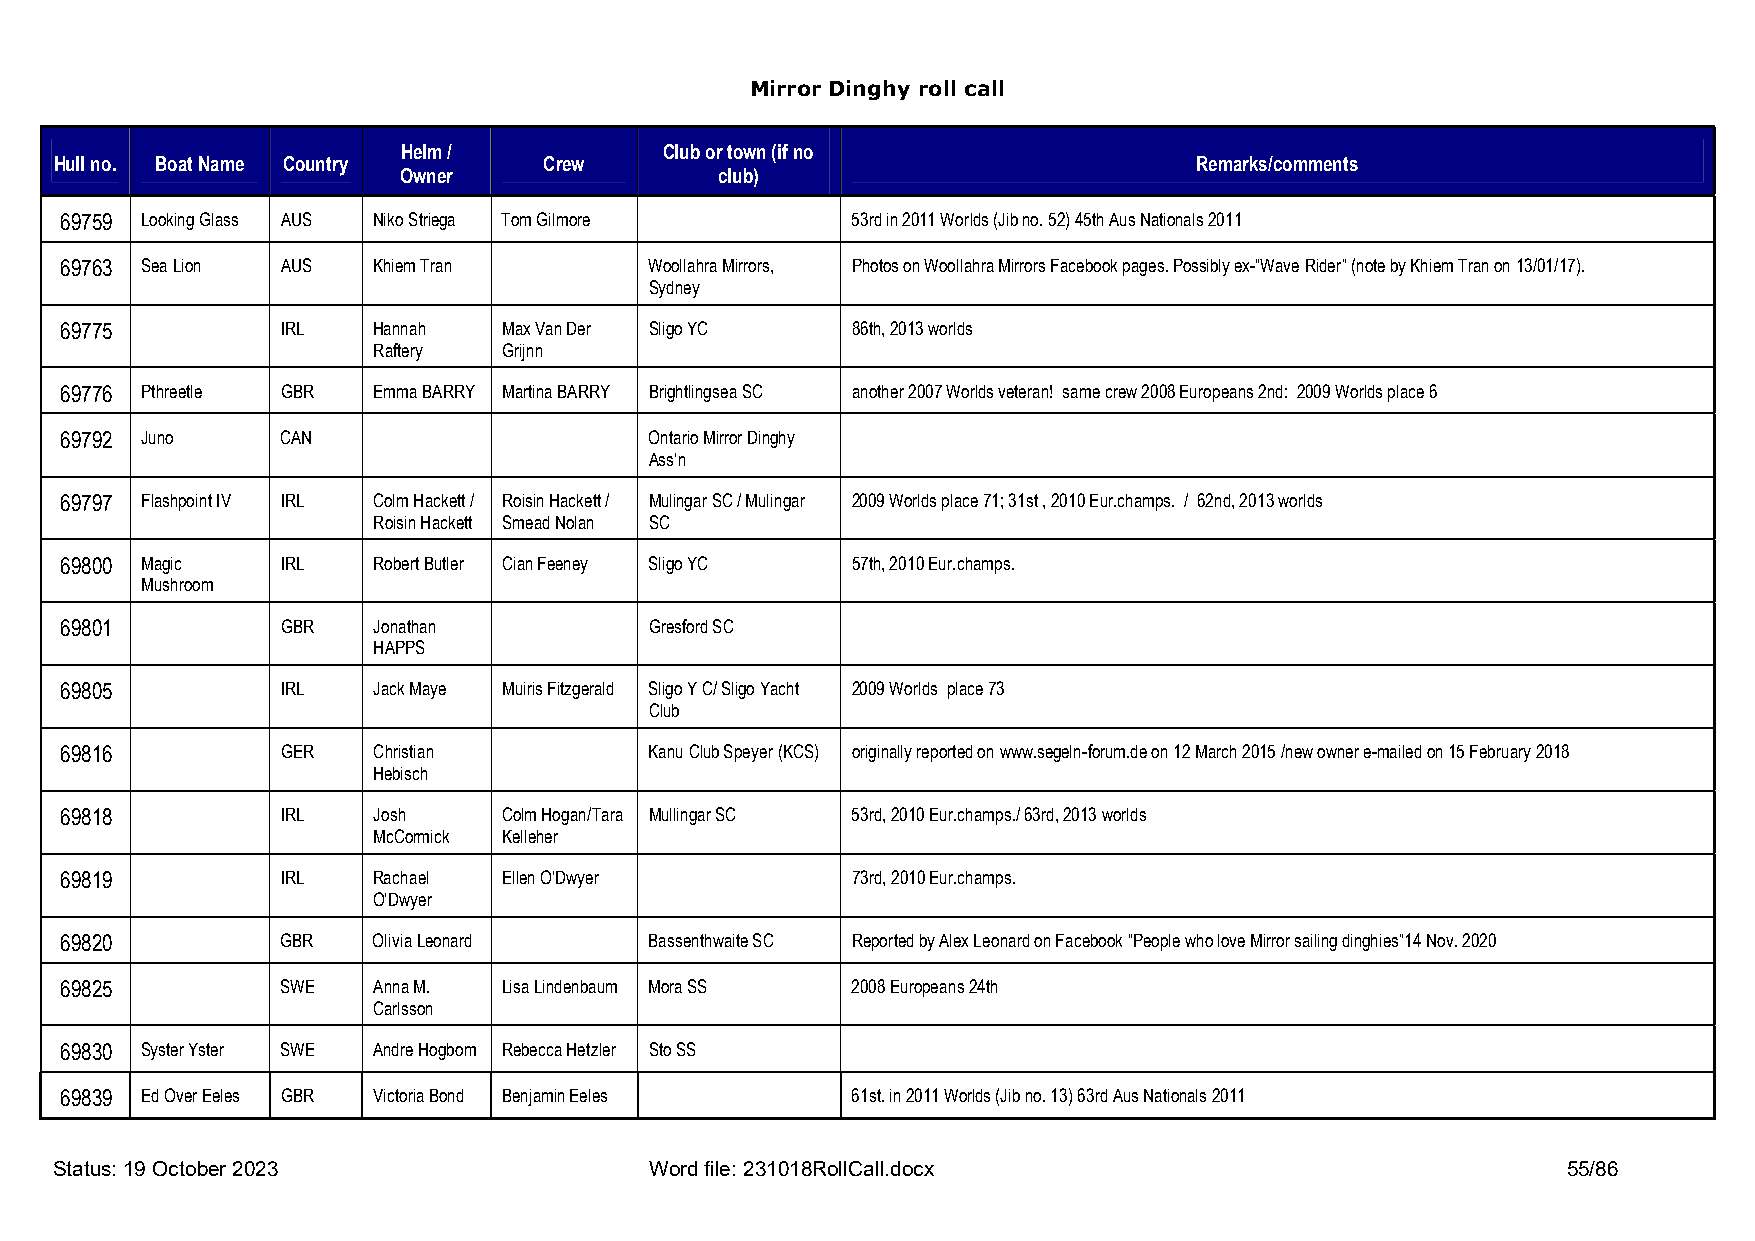
Mirror Dinghy roll call
 Helm /           Club or town (if no
 Hull no. Boat Name Country      Crew                                       Remarks/comments
 Owner                 club)
 69759 Looking Glass AUS Niko Striega Tom Gilmore    53rd in 2011 Worlds (Jib no. 52) 45th Aus Nationals 2011
 69763 Sea Lion AUS   Khiem Tran        Woollahra Mirrors, Photos on Woollahra Mirrors Facebook pages. Possibly ex-“Wave Rider” (note by Khiem Tran on 13/01/17).
 Sydney
 69775          IRL   Hannah  Max Van Der Sligo YC   86th, 2013 worlds
 Raftery Grijnn
 69776 Pthreetle GBR  Emma BARRY Martina BARRY Brightlingsea SC another 2007 Worlds veteran! same crew 2008 Europeans 2nd: 2009 Worlds place 6
 69792 Juno     CAN                     Ontario Mirror Dinghy
 Ass’n
 69797 Flashpoint IV IRL Colm Hackett / Roisin Hackett / Mulingar SC / Mulingar 2009 Worlds place 71; 31st , 2010 Eur.champs. / 62nd, 2013 worlds
 Roisin Hackett Smead Nolan SC
 69800 Magic    IRL   Robert Butler Cian Feeney Sligo YC 57th, 2010 Eur.champs.
 Mushroom
 69801          GBR   Jonathan          Gresford SC
 HAPPS
 69805          IRL   Jack Maye Muiris Fitzgerald Sligo Y C/ Sligo Yacht 2009 Worlds place 73
 Club
 69816          GER   Christian         Kanu Club Speyer (KCS) originally reported on www.segeln-forum.de on 12 March 2015 /new owner e-mailed on 15 February 2018
 Hebisch
 69818          IRL   Josh    Colm Hogan/Tara Mullingar SC 53rd, 2010 Eur.champs./ 63rd, 2013 worlds
 McCormick Kelleher
 69819          IRL   Rachael Ellen O’Dwyer          73rd, 2010 Eur.champs.
 O’Dwyer
 69820          GBR   Olivia Leonard    Bassenthwaite SC Reported by Alex Leonard on Facebook “People who love Mirror sailing dinghies”14 Nov. 2020
 69825          SWE   Anna M. Lisa Lindenbaum Mora SS 2008 Europeans 24th
 Carlsson
 69830 Syster Yster SWE Andre Hogbom Rebecca Hetzler Sto SS
 69839 Ed Over Eeles GBR Victoria Bond Benjamin Eeles 61st. in 2011 Worlds (Jib no. 13) 63rd Aus Nationals 2011
 Status: 19 October 2023                Word file: 231018RollCall.docx                               55/86